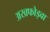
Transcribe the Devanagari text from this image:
अखफोड़वा